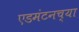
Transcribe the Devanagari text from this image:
एडमंटनच्या